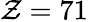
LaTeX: \mathcal{Z}=71